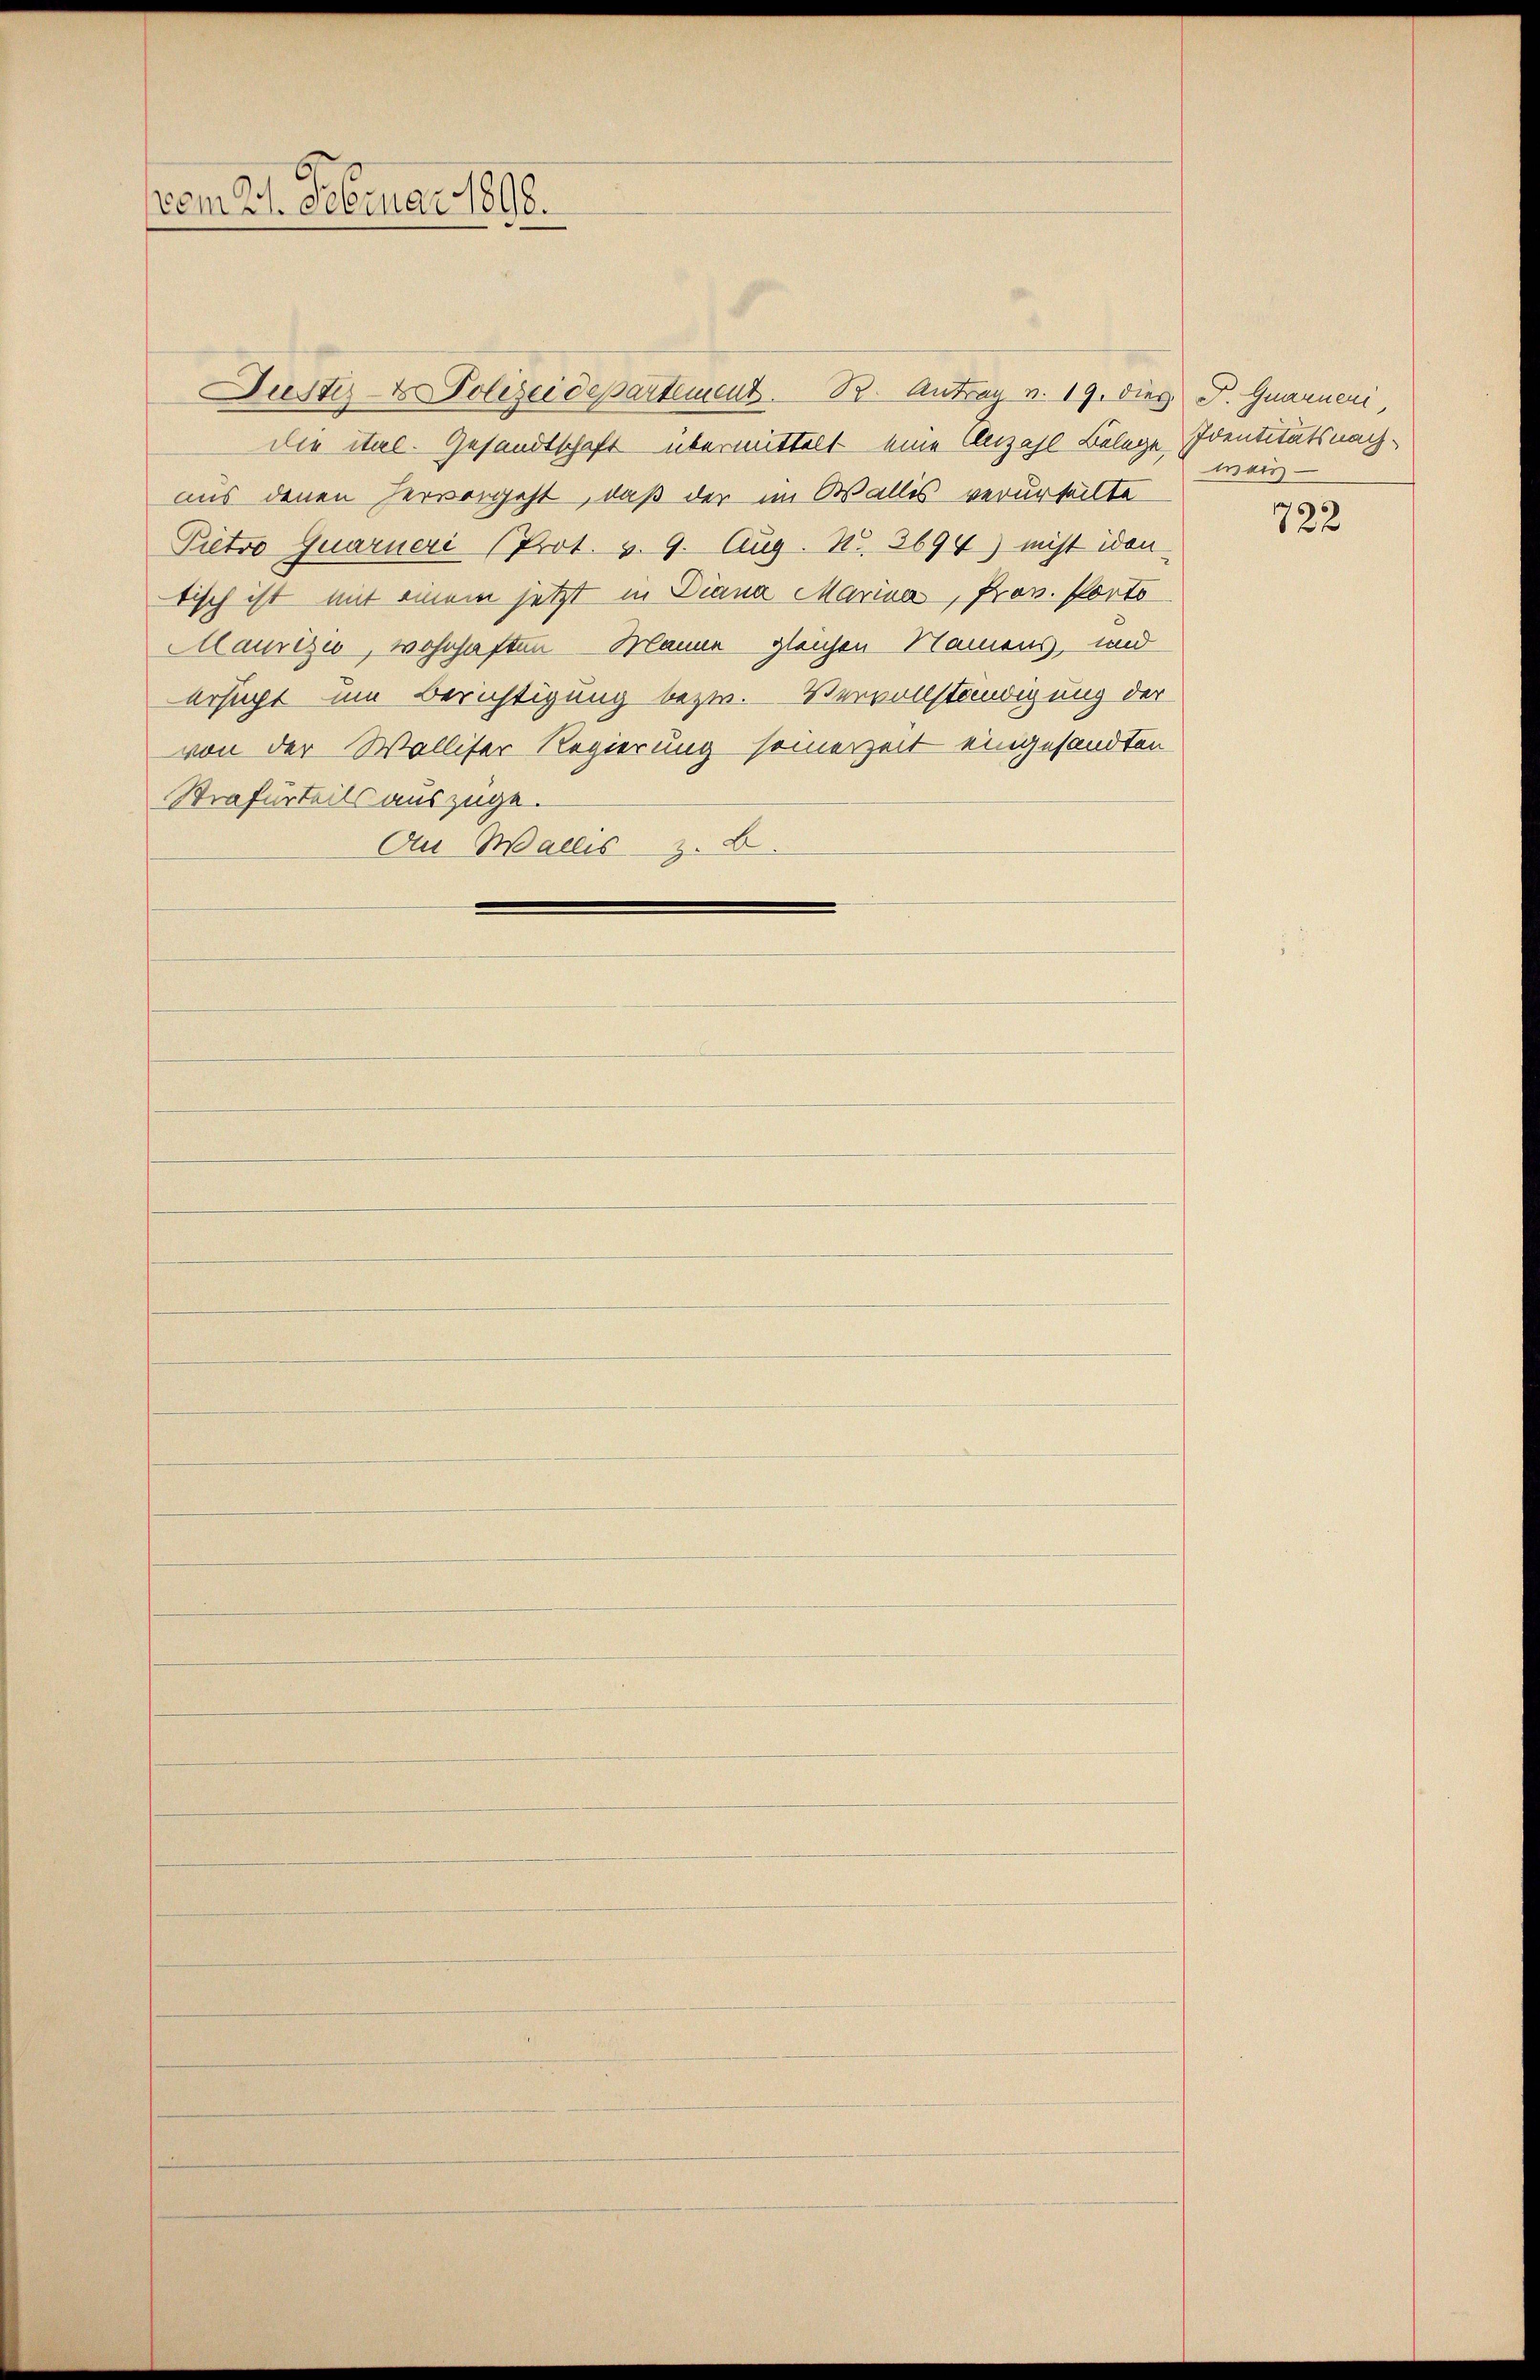
vom 21. Februar 1898.

Justiz- & Polizeidepartement. B. Antrag v. 19. dies P. Quarneri,
die ital. Gesandtschaft übermittelt eine Anzahl Belege Identitätsnachaus denen hervorgeht, daß der im Wallis verurteilte
Pietro quarueri Prot. v. 9. Aug. Nr. 3694) nicht iden
tisch ist mit einem jetzt in Diana Marina, Prov. Porto
Maurizio, wohnhaften Manne gleichen Namens, und
ersucht um Berichtigung bezw. Vervollständigung der
von der Walliser Regierung seinerzeit eingesandten
Strafurteils auszuge¬
Au Wallis z. B.

mais

722